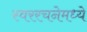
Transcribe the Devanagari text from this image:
स्वररचनेमध्ये